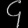
Digit: ၄